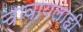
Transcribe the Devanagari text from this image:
चावायलाही